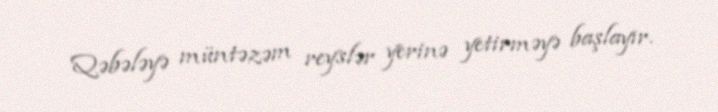
Qəbələyə müntəzəm reyslər yerinə yetirməyə başlayır.